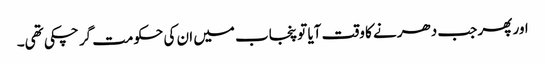
اور پھر جب دھرنے کا وقت آیا تو پنجاب میں ان کی حکومت گر چکی تھی۔